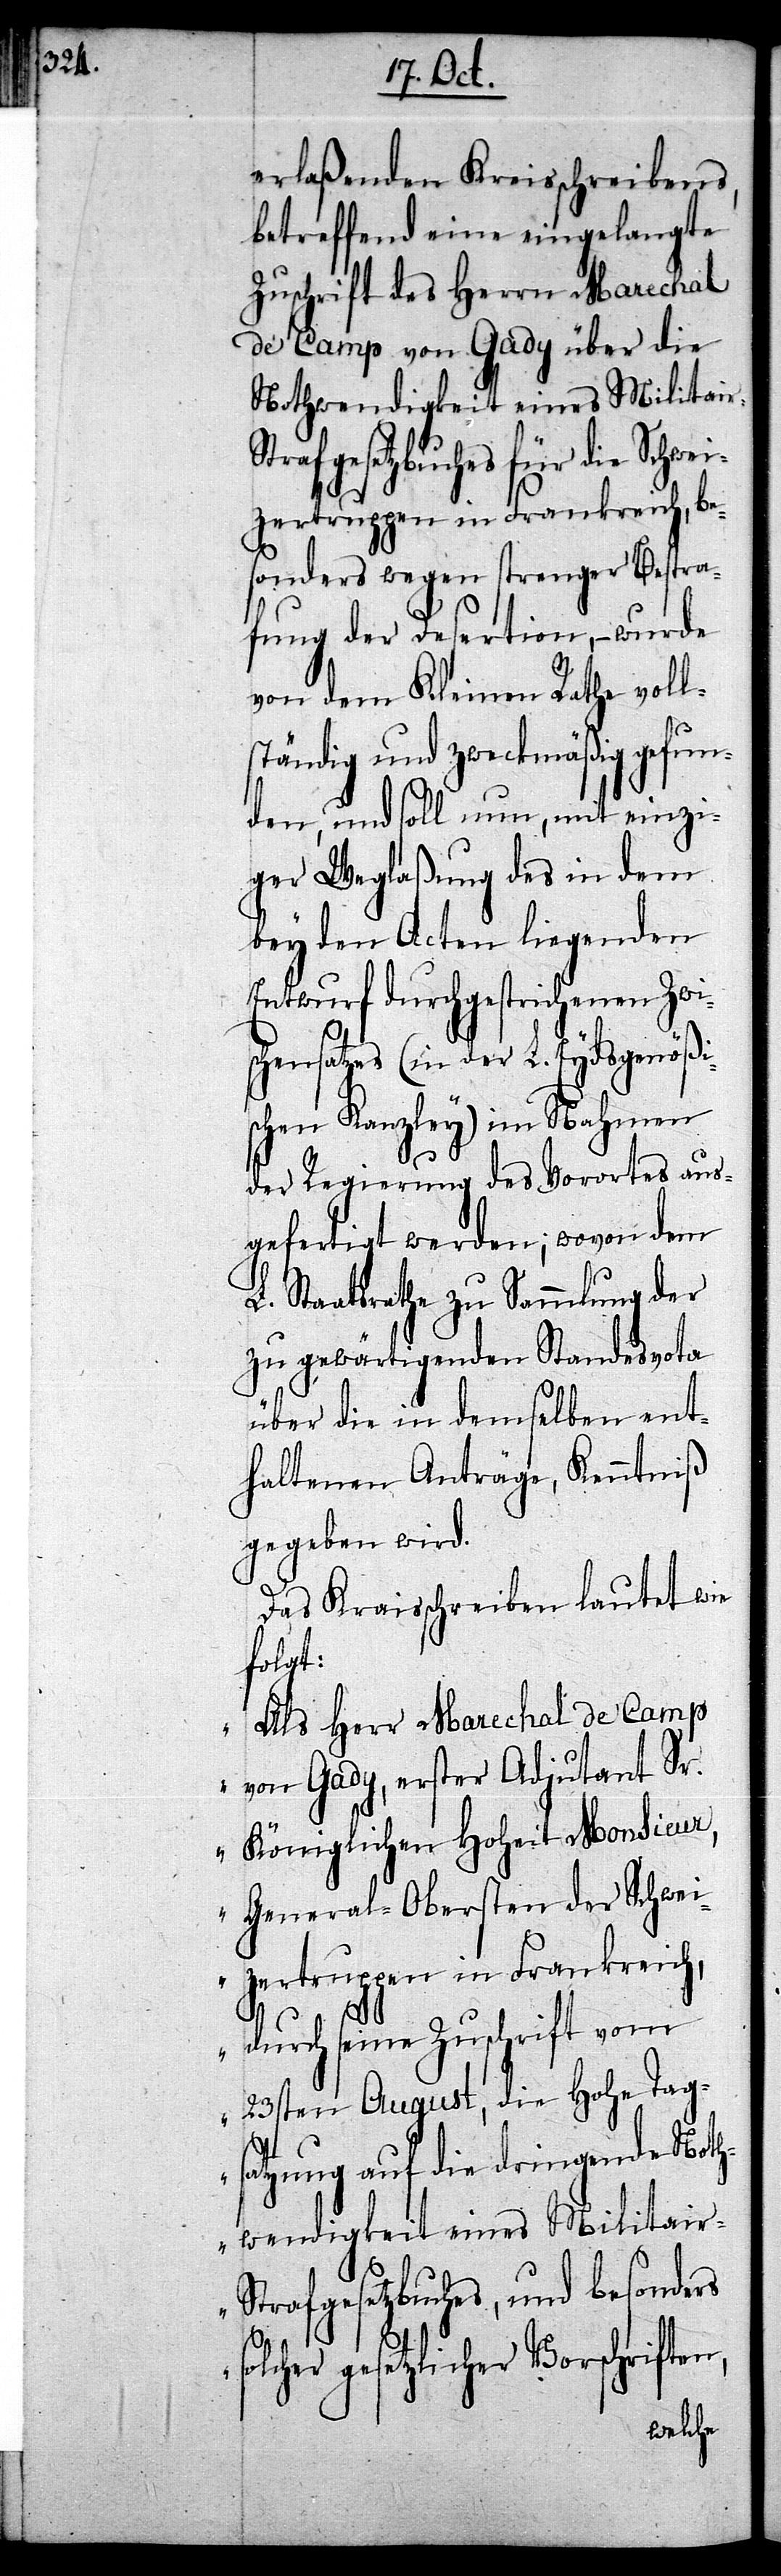
erlaßenden Kreisschreibens,
betreffend eine eingelangte
Zuschrift des Herrn Marechal
de Camp von Gady über die
Nothwendigkeit eines Militair-S¬
trafgesetzbuches für die Schwe¬
izertruppen in Frankreich, be¬
sonders wegen strenger Bestra¬
fung der Desertion, – wurde
von dem Kleinen Rathe voll¬
ständig und zweckmäßig gefun¬
den, und soll nun, mit einzi¬
ger Weglaßung des in dem
bey den Acten liegenden
Entwurf durchgestrichenen Zwi¬
hensatzes (in der L. Eydsgenößi¬
schen Kanzley) im Nahmen
der Regierung des Vorortes aus¬
gefertigt werden; wovon dem
L. Staatsrathe zu Sammlung der
zu gewärtigenden Standesvota
über die in demselben ent¬
haltenen Anträge, Kenntniß
gegeben wird.
Das Kreisschreiben lautet wie
folgt:
„Als Herr Marechal de Camp
von Gady, erster Adjutant Sr.
Königlichen Hoheit Monsieur,
General-Obersten der Schwei¬
zertruppen in Frankreich,
durch seine Zuschrift vom
23sten August, die Hohe Tag¬
sc¬
satzung auf die dringende Noth¬
wenigkeit eines Militai¬
r-Strafgesetzbuches, und besonders
solcher gesetzlicher Vorschriften,